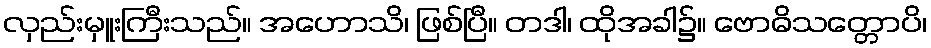
လှည်းမှူးကြီးသည်။ အဟောသိ၊ ဖြစ်ပြီ။ တဒါ၊ ထိုအခါ၌။ ဗောဓိသတ္တောပိ၊